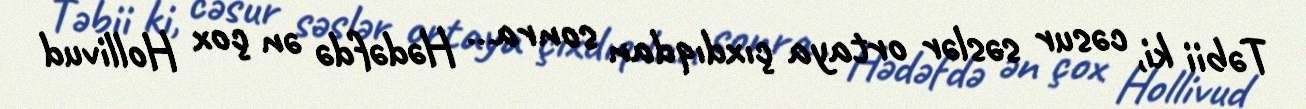
Təbii ki, cəsur səslər ortaya çıxdıqdan sonra… Hədəfdə ən çox Hollivud